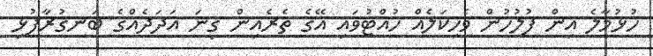
ހުޅުމާލެ އިން ފުލުހުން ވެހިކަލެއް ހުއްޓުވައި އޭގެ ތެރެއިން ގިނަ އަދަދެއްގެ ބަނގުރާފުޅި